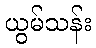
ယွမ်သန်း